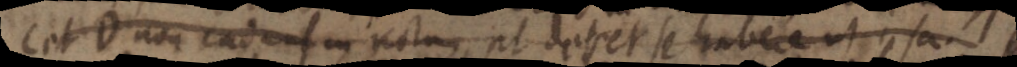
C et D non eadem in rectas ut deset se habere ut ipsa.